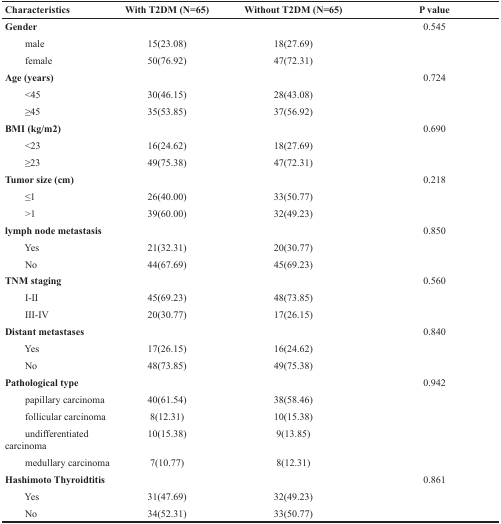
<table><thead><tr><td><b>Characteristics</b></td><td><b>With T2DM (N=65)</b></td><td><b>Without T2DM (N=65)</b></td><td><b>P value</b></td></tr></thead><tbody><tr><td><b>Gender</b></td><td></td><td></td><td>0.545</td></tr><tr><td>male</td><td>15(23.08)</td><td>18(27.69)</td><td></td></tr><tr><td>female</td><td>50(76.92)</td><td>47(72.31)</td><td></td></tr><tr><td><b>Age (years)</b></td><td></td><td></td><td>0.724</td></tr><tr><td>&lt;45</td><td>30(46.15)</td><td>28(43.08)</td><td></td></tr><tr><td>≥45</td><td>35(53.85)</td><td>37(56.92)</td><td></td></tr><tr><td><b>BMI (kg/m2)</b></td><td></td><td></td><td>0.690</td></tr><tr><td>&lt;23</td><td>16(24.62)</td><td>18(27.69)</td><td></td></tr><tr><td>≥23</td><td>49(75.38)</td><td>47(72.31)</td><td></td></tr><tr><td><b>Tumor size (cm)</b></td><td></td><td></td><td>0.218</td></tr><tr><td>≤1</td><td>26(40.00)</td><td>33(50.77)</td><td></td></tr><tr><td>&gt;1</td><td>39(60.00)</td><td>32(49.23)</td><td></td></tr><tr><td><b>lymph node metastasis</b></td><td></td><td></td><td>0.850</td></tr><tr><td>Yes</td><td>21(32.31)</td><td>20(30.77)</td><td></td></tr><tr><td>No</td><td>44(67.69)</td><td>45(69.23)</td><td></td></tr><tr><td><b>TNM staging</b></td><td></td><td></td><td>0.560</td></tr><tr><td>I-II</td><td>45(69.23)</td><td>48(73.85)</td><td></td></tr><tr><td>III-IV</td><td>20(30.77)</td><td>17(26.15)</td><td></td></tr><tr><td><b>Distant metastases</b></td><td></td><td></td><td>0.840</td></tr><tr><td>Yes</td><td>17(26.15)</td><td>16(24.62)</td><td></td></tr><tr><td>No</td><td>48(73.85)</td><td>49(75.38)</td><td></td></tr><tr><td><b>Pathological type</b></td><td></td><td></td><td>0.942</td></tr><tr><td>papillary carcinoma</td><td>40(61.54)</td><td>38(58.46)</td><td></td></tr><tr><td>follicular carcinoma</td><td>8(12.31)</td><td>10(15.38)</td><td></td></tr><tr><td>undifferentiated carcinoma</td><td>10(15.38)</td><td>9(13.85)</td><td></td></tr><tr><td>medullary carcinoma</td><td>7(10.77)</td><td>8(12.31)</td><td></td></tr><tr><td><b>Hashimoto Thyroidtitis</b></td><td></td><td></td><td>0.861</td></tr><tr><td>Yes</td><td>31(47.69)</td><td>32(49.23)</td><td></td></tr><tr><td>No</td><td>34(52.31)</td><td>33(50.77)</td><td></td></tr></tbody></table>